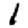
Digit: 1